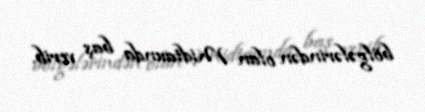
bölgələrindən olan Midtaunda baş verib.